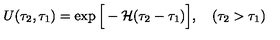
U ( \tau _ { 2 } , \tau _ { 1 } ) = \exp \Big [ - { \cal H } ( \tau _ { 2 } - \tau _ { 1 } ) \Big ] , \quad ( \tau _ { 2 } > \tau _ { 1 } )